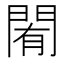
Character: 𨴜